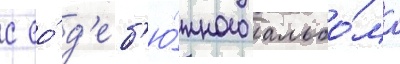
с ео́ д'еб'ю́тного альбо́ма